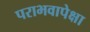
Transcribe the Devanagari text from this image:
पराभवापेक्षा